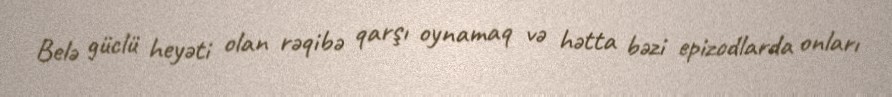
Belə güclü heyəti olan rəqibə qarşı oynamaq və hətta bəzi epizodlarda onları